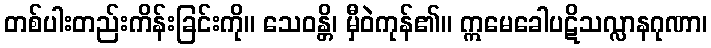
တစ်ပါးတည်းကိန်းခြင်းကို။ သေဝန္တိ၊ မှီဝဲကုန်၏။ ဣမေခေါပဋိသလ္လာနဂုဏာ၊